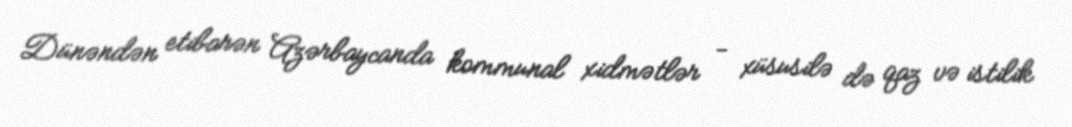
Dünəndən etibarən Azərbaycanda kommunal xidmətlər - xüsusilə də qaz və istilik